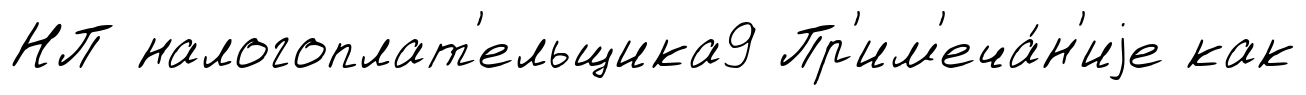
НП налогоплат'ельщика9 Пр'им'еча́н'иjе как